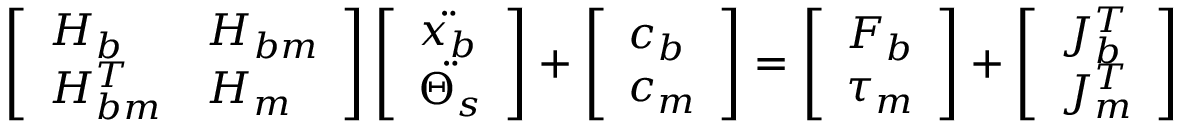
\left[ \begin{array} { l l } { H _ { b } } & { H _ { b m } } \\ { H _ { b m } ^ { T } } & { H _ { m } } \end{array} \right] \left[ \begin{array} { l } { \Ddot { x _ { b } } } \\ { \Ddot { \Theta _ { s } } } \end{array} \right] + \left[ \begin{array} { l } { c _ { b } } \\ { c _ { m } } \end{array} \right] = \left[ \begin{array} { l } { F _ { b } } \\ { \tau _ { m } } \end{array} \right] + \left[ \begin{array} { l } { J _ { b } ^ { T } } \\ { J _ { m } ^ { T } } \end{array} \right]